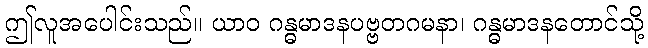
ဤလူအပေါင်းသည်။ ယာဝ ဂန္ဓမာဒနပဗ္ဗတဂမနာ၊ ဂန္ဓမာဒနတောင်သို့